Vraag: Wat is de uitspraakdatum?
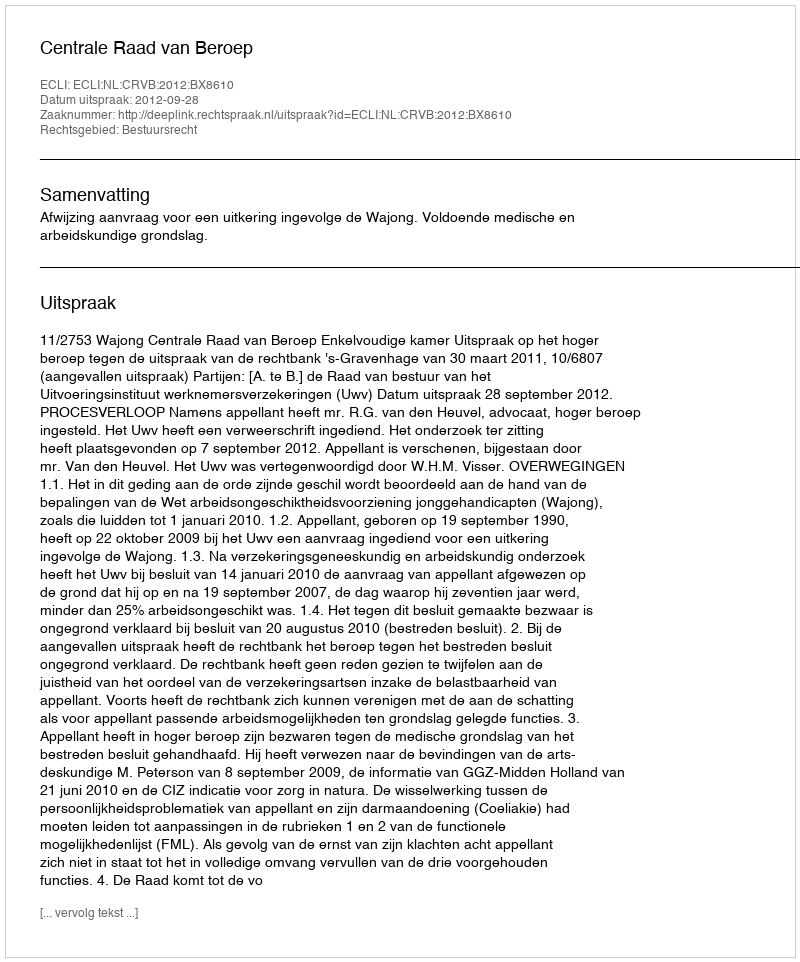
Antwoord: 2012-09-28